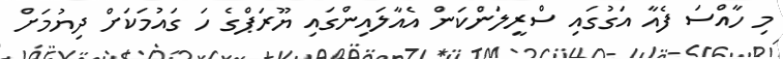
މި ހާއްސަ ފެއާ އަގުގައި ސްރީލަންކަން އެއާލައިންގައި ޔޫރަޕްގެ ހަ ގައުމަކަށް ދިޔުމަށް